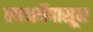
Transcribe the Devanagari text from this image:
तपश्चर्येपासून